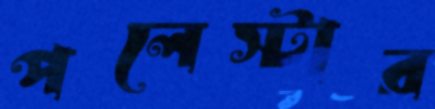
পলেস্টার